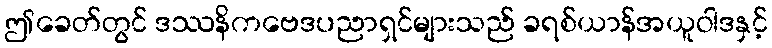
ဤခေတ်တွင် ဒဿနိကဗေဒပညာရှင်များသည် ခရစ်ယာန်အယူဝါဒနှင့်